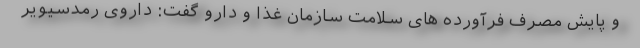
و پایش مصرف فرآورده های سلامت سازمان غذا و دارو گفت: داروی رمدسیویر